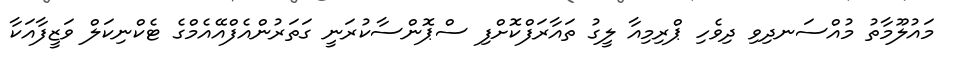
މައުލޫމާތު މުއްސަނދިވި ދިވެހި ޕްރިމިއާ ލީގު ތައާރަފްކޮށްފި ސްޕޮންސާކުރަނީ ގަތަރުންއެފްއޭއެމްގެ ޓެކްނިކަލް ވަޒީފާއަކާ